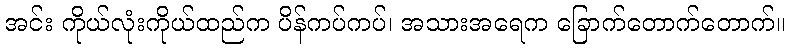
အင်း ကိုယ်လုံးကိုယ်ထည်က ပိန်ကပ်ကပ်၊ အသားအရေက ခြောက်တောက်တောက်။